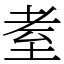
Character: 耊